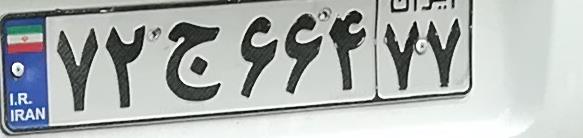
۷۲ج۶۶۴۷۷